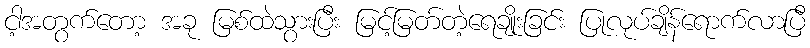
ငါ့အတွက်တော့ အခု မြစ်ထဲသွားပြီး မြင့်မြတ်တဲ့ရေချိုးခြင်း ပြုလုပ်ချိန်ရောက်လာပြီ